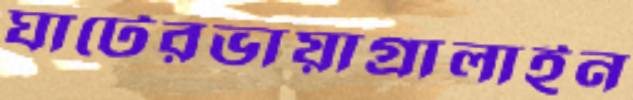
ঘাটেরভায়াগ্রালাইন